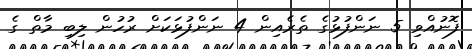
ފޮނުއްވި 5 ނަންފުޅުގެ ތެރެއިން 4 ނަންފުޅަކަށް ރުހުން ލިބި މާތް ގެ